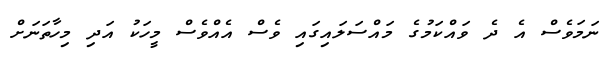
ނަމަވެސް އެ ދެ ވައްކަމުގެ މައްސަލައިގައި ވެސް އެއްވެސް މީހަކު އަދި މިހާތަނަށް